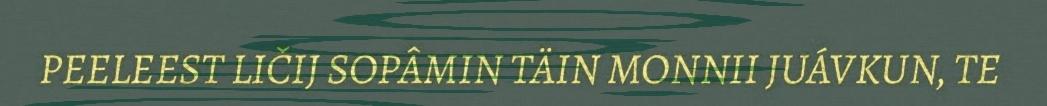
PEELEEST LIČIJ SOPÂMIN TÄIN MONNII JUÁVKUN, TE